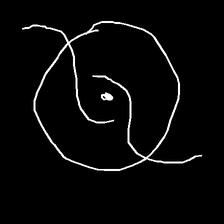
Glyph: repetition